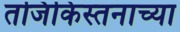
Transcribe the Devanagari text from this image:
तजिकिस्तनाच्या